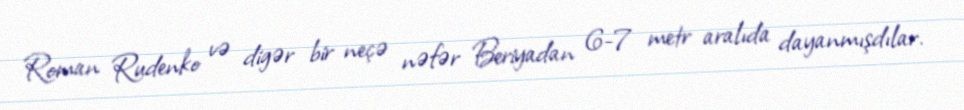
Roman Rudenko və digər bir neçə nəfər Beriyadan 6-7 metr aralıda dayanmışdılar.